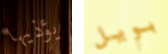
يؤذيها بويل